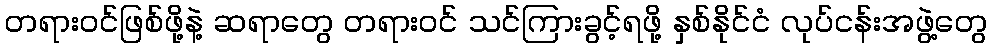
တရားဝင်ဖြစ်ဖို့နဲ့ ဆရာတွေ တရားဝင် သင်ကြားခွင့်ရဖို့ နှစ်နိုင်ငံ လုပ်ငန်းအဖွဲ့တွေ